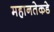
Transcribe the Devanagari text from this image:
महानतेकडे